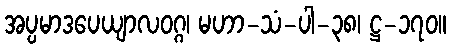
အပ္ပမာဒပေယျာလဝဂ္ဂ၊ မဟာ-သံ-ပါ-၃၈၊ ဋ္ဌ-၁၇၀။